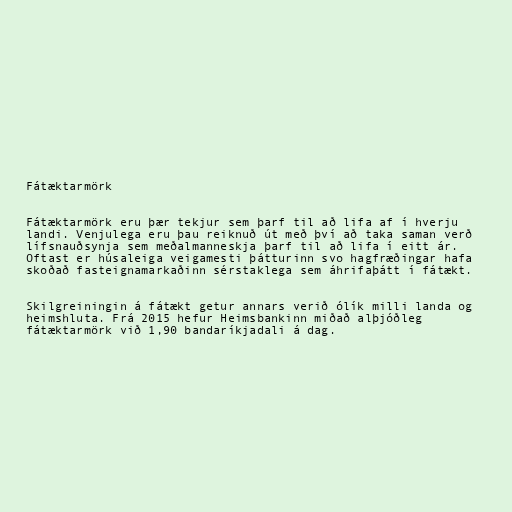
Fátæktarmörk

Fátæktarmörk eru þær tekjur sem þarf til að lifa af í hverju
landi. Venjulega eru þau reiknuð út með því að taka saman verð
lífsnauðsynja sem meðalmanneskja þarf til að lifa í eitt ár.
Oftast er húsaleiga veigamesti þátturinn svo hagfræðingar hafa
skoðað fasteignamarkaðinn sérstaklega sem áhrifaþátt í fátækt.

Skilgreiningin á fátækt getur annars verið ólík milli landa og
heimshluta. Frá 2015 hefur Heimsbankinn miðað alþjóðleg
fátæktarmörk við 1,90 bandaríkjadali á dag.